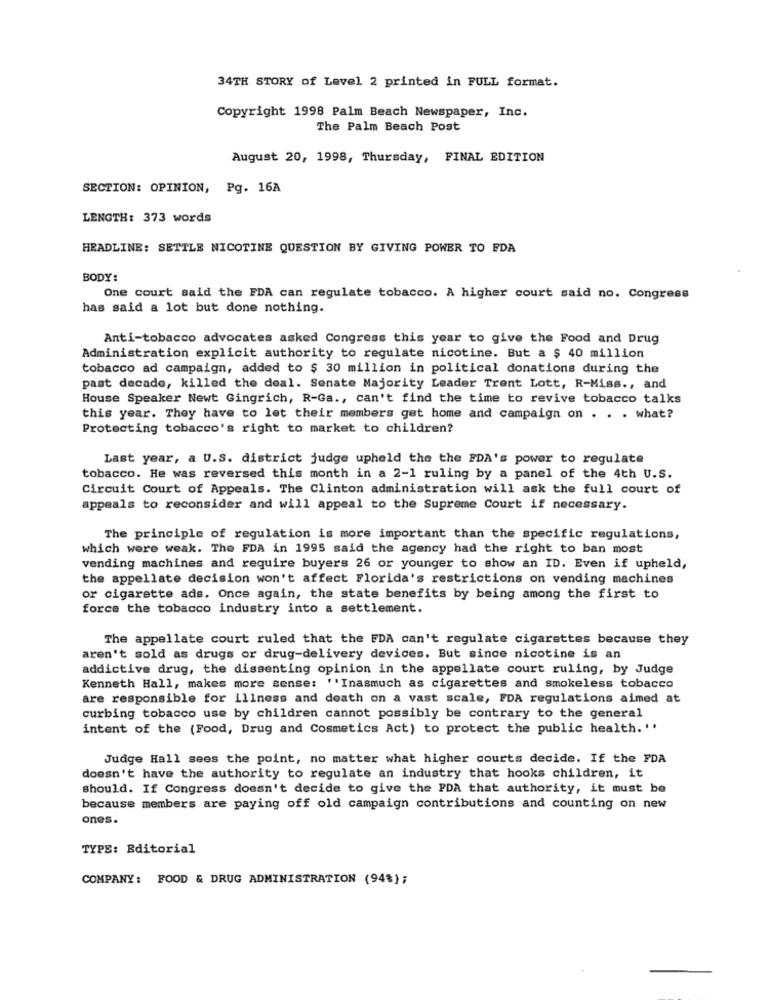
34TH STORY of Level 2 printed in FULL format.
Copyright 1998 Palm Beach Newspaper, Inc.
The Palm Beach Post
August 20, 1998, Thursday, FINAL EDITION
SECTION: OPINION, Pg. 16A
LENGTH: 373 words
HEADLINE: SETTLE NICOTINE QUESTION BY GIVING POWER TO FDA
BODY:
One court said the FDA can regulate tobacco. A higher court said no. Congress
has said a lot but done nothing.
Anti-tobacco advocates asked Congress this year to give the Food and Drug
Administration explicit authority to regulate nicotine. But a $ 40 million
tobacco ad campaign, added to $ 30 million in political donations during the
past decade, killed the deal. Senate Majority Leader Trent Lott, R-Miss ., and
House Speaker Newt Gingrich, R-Ga ., can't find the time to revive tobacco talks
this year. They have to let their members get home and campaign on . . . what?
Protecting tobacco's right to market to children?
Last year, a U.S. district judge upheld the the FDA's power to regulate
tobacco. He was reversed this month in a 2-1 ruling by a panel of the 4th U.S.
Circuit Court of Appeals. The Clinton administration will ask the full court of
appeals to reconsider and will appeal to the Supreme Court if necessary.
The principle of regulation is more important than the specific regulations,
which were weak. The FDA in 1995 said the agency had the right to ban most
vending machines and require buyers 26 or younger to show an ID. Even if upheld,
the appellate decision won't affect Florida's restrictions on vending machines
or cigarette ads. Once again, the state benefits by being among the first to
force the tobacco industry into a settlement.
The appellate court ruled that the FDA can't regulate cigarettes because they
aren't sold as drugs or drug-delivery devices. But since nicotine is an
addictive drug, the dissenting opinion in the appellate court ruling, by Judge
Kenneth Hall, makes more sense: ''Inasmuch as cigarettes and smokeless tobacco
are responsible for illness and death on a vast scale, FDA regulations aimed at
curbing tobacco use by children cannot possibly be contrary to the general
intent of the (Food, Drug and Cosmetics Act) to protect the public health. ''
Judge Hall sees the point, no matter what higher courts decide. If the FDA
doesn't have the authority to regulate an industry that hooks children, it
should. If Congress doesn't decide to give the PDA that authority, it must be
because members are paying off old campaign contributions and counting on new
ones.
TYPE: Editorial
COMPANY: FOOD & DRUG ADMINISTRATION (94%) ;